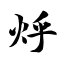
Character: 烀